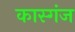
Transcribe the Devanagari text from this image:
कास्गंज